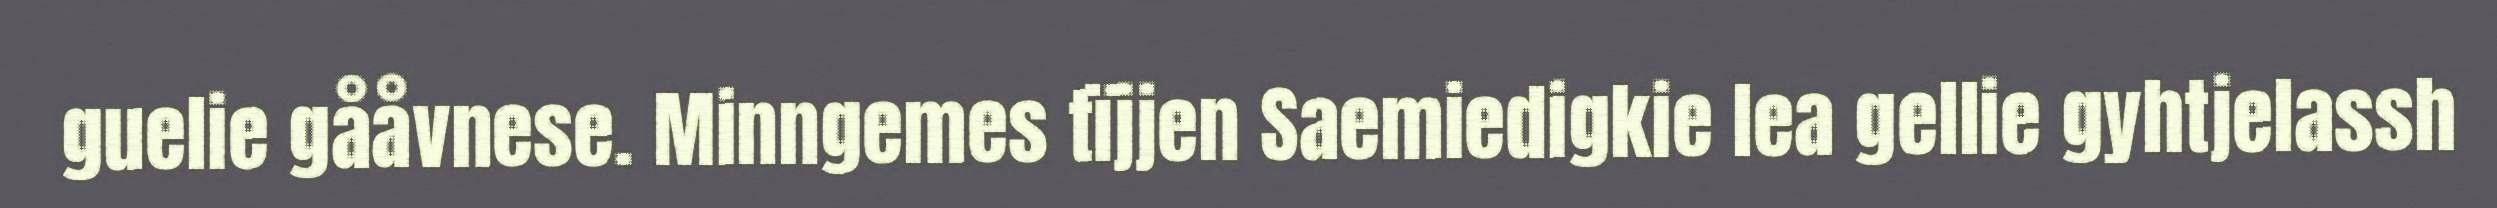
guelie gååvnese. Minngemes tïjjen Saemiedigkie lea gellie gyhtjelassh